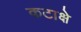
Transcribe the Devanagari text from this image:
कटाक्षे